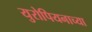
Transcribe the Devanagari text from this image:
युरोपियनाच्या